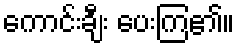
ကောင်းချီး ပေးကြ၏။